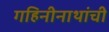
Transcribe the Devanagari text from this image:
गहिनीनाथांची